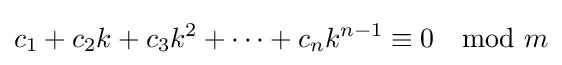
c_{1}+c_{2}k+c_{3}k^{2}+\cdots +c_{n}k^{n-1}\equiv 0\mod m